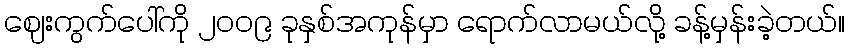
ဈေးကွက်ပေါ်ကို ၂၀၀၉ ခုနှစ်အကုန်မှာ ရောက်လာမယ်လို့ ခန့်မှန်းခဲ့တယ်။